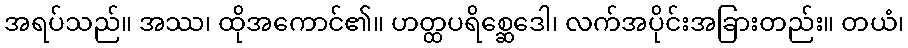
အရပ်သည်။ အဿ၊ ထိုအကောင်၏။ ဟတ္ထပရိစ္ဆေဒေါ၊ လက်အပိုင်းအခြားတည်း။ တယံ၊